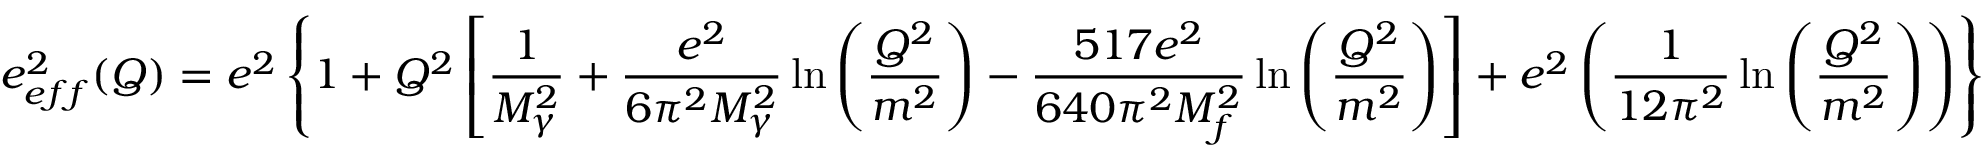
e _ { e f f } ^ { 2 } ( Q ) = e ^ { 2 } \left\lbrace 1 + Q ^ { 2 } \left[ \frac { 1 } { M _ { \gamma } ^ { 2 } } + \frac { e ^ { 2 } } { 6 \pi ^ { 2 } M _ { \gamma } ^ { 2 } } \ln \left( \frac { Q ^ { 2 } } { m ^ { 2 } } \right) - \frac { 5 1 7 e ^ { 2 } } { 6 4 0 \pi ^ { 2 } M _ { f } ^ { 2 } } \ln \left( \frac { Q ^ { 2 } } { m ^ { 2 } } \right) \right] + e ^ { 2 } \left( \frac { 1 } { 1 2 \pi ^ { 2 } } \ln \left( \frac { Q ^ { 2 } } { m ^ { 2 } } \right) \right) \right\rbrace